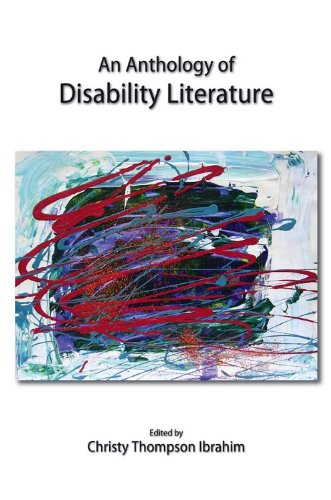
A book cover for An Anthology of Disability Literature; Christy Thompson Ibrahim; Law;